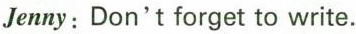
Jenny:Don't forget to write.